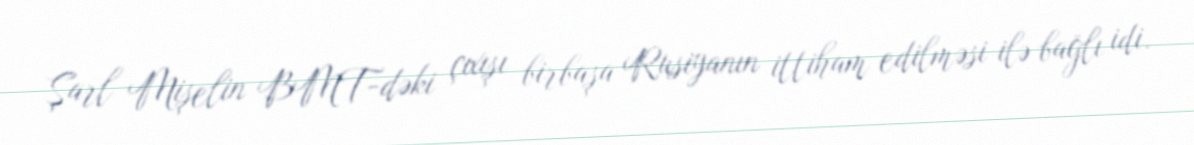
Şarl Mişelin BMT-dəki çıxışı birbaşa Rusiyanın ittiham edilməsi ilə bağlı idi.